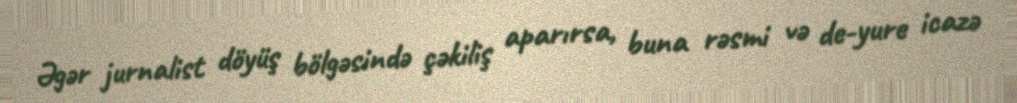
Əgər jurnalist döyüş bölgəsində çəkiliş aparırsa, buna rəsmi və de-yure icazə